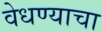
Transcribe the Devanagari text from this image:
वेधण्याचा